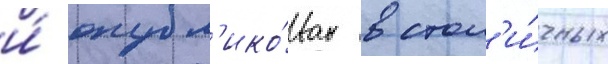
и́ опубл'ико́ван в стол'и́чных